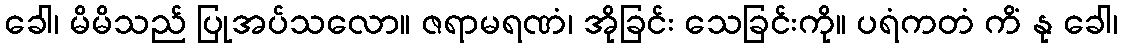
ခေါ၊ မိမိသည် ပြုအပ်သလော။ ဇရာမရဏံ၊ အိုခြင်း သေခြင်းကို။ ပရံကတံ ကိံ နု ခေါ၊